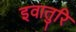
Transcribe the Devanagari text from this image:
इवातुरि